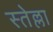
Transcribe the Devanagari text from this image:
स्तेल्ला